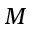
M